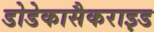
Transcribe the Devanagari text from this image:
डोडेकासैकराइड